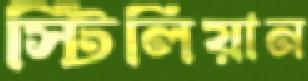
স্টিলিয়ান